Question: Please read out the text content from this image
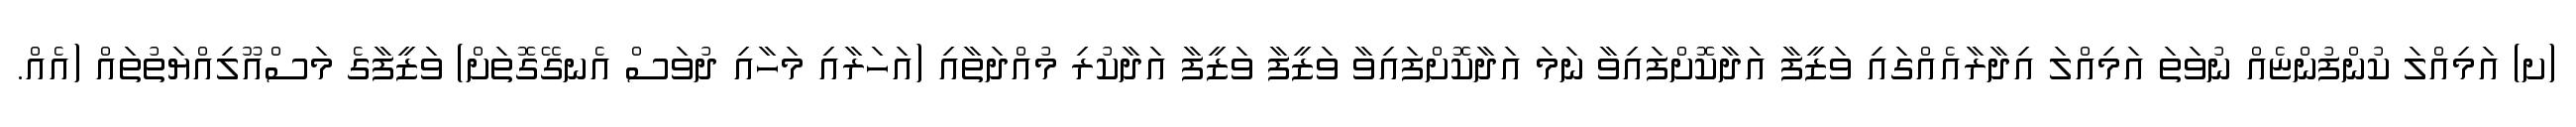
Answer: (ށ) އަމިއްލަ ކުންފުންޏެއް ނުވަތަ އަމިއްލަ އިދާރާއެއްގައި ވަޒީފާ އަދާކޮށްފައިވާ ނަމަ އަދާކޮށްފައިވާ ވަޒީފާ ވަޒީފާ އަދާކުރި މުއްދަތާއި (އަހަރާއި މަހާއި ދުވަސް އެނގޭގޮތަށް) ވަޒީފާގެ މަސްއޫލިއްޔަތުތައް (އެއް.